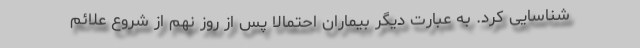
شناسایی کرد. به عبارت دیگر بیماران احتمالا پس از روز نهم از شروع علائم